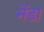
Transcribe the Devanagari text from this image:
भेंडा